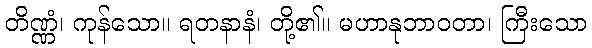
တိဏ္ဏံ၊ ကုန်သော။ ရတနာနံ၊ တို့၏။ မဟာနုဘာဝတာ၊ ကြီးသော